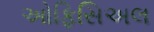
ઓફિસિઅલ